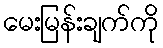
မေးမြန်းချက်ကို